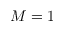
M = 1